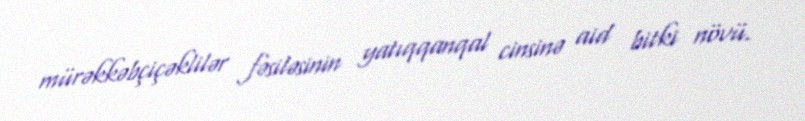
mürəkkəbçiçəklilər fəsiləsinin yatıqqanqal cinsinə aid bitki növü.